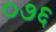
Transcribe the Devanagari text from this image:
०७६